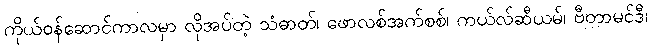
ကိုယ်ဝန်ဆောင်ကာလမှာ လိုအပ်တဲ့ သံဓာတ်၊ ဖောလစ်အက်စစ်၊ ကယ်လ်ဆီယမ်၊ ဗီတာမင်ဒီ၊